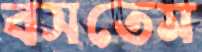
বসতেম